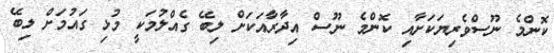
ކޮންމެ ނޫސްވެރިޔަކަށާއި ކޮންމެ ނޫސް އިދާރާއަކަށް ލިބޭ ގެއްލުމަކީ މުޅި ގައުމަށް ލިބޭ